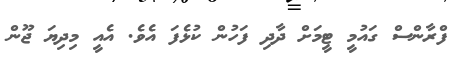
ފްރާންސް ގައުމީ ޓީމަށް ދާދި ފަހުން ކުޅެފަ އެވެ. އެއީ މިދިޔަ ޖޫން